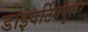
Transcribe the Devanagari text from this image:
डाइवर्टिक्युलर